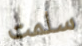
سلمت